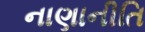
નાણાનીતિ